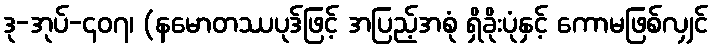
ဒု-အုပ်-၄၀၇၊ (နမောတဿပုဒ်ဖြင့် အပြည့်အစုံ ရှိခိုးပုံနှင့် ကောမဖြစ်လျှင်